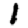
Digit: 1